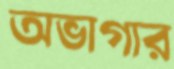
অভাগার